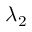
\lambda _ { 2 }